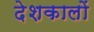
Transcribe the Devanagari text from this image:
देशकालों